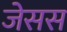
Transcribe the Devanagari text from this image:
जेसस